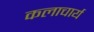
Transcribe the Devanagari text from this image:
कलाचार्य